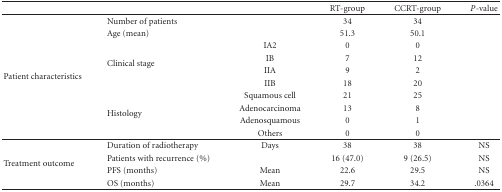
<table><thead><tr><td></td><td></td><td></td><td><b>RT-group</b></td><td><b>CCRT-group</b></td><td><b><i>P</i>-value</b></td></tr></thead><tbody><tr><td rowspan="10">Patient characteristics</td><td>Number of patients</td><td></td><td>34</td><td>34</td><td></td></tr><tr><td>Age (mean)</td><td></td><td>51.3</td><td>50.1</td><td></td></tr><tr><td rowspan="4">Clinical stage</td><td>IA2</td><td>0</td><td>0</td><td></td></tr><tr><td>IB</td><td>7</td><td>12</td><td></td></tr><tr><td>IIA</td><td>9</td><td>2</td><td></td></tr><tr><td>IIB</td><td>18</td><td>20</td><td></td></tr><tr><td rowspan="4">Histology</td><td>Squamous cell</td><td>21</td><td>25</td><td></td></tr><tr><td>Adenocarcinoma</td><td>13</td><td>8</td><td></td></tr><tr><td>Adenosquamous</td><td>0</td><td>1</td><td></td></tr><tr><td>Others</td><td>0</td><td>0</td><td></td></tr><tr><td rowspan="4">Treatment outcome</td><td>Duration of radiotherapy</td><td>Days</td><td>38</td><td>38</td><td>NS</td></tr><tr><td>Patients with recurrence (%)</td><td></td><td>16 (47.0)</td><td>9 (26.5)</td><td>NS</td></tr><tr><td>PFS (months)</td><td>Mean</td><td>22.6</td><td>29.5</td><td>NS</td></tr><tr><td>OS (months)</td><td>Mean</td><td>29.7</td><td>34.2</td><td>.0364</td></tr></tbody></table>